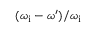
( \omega _ { \mathrm { i } } - \omega ^ { \prime } ) / \omega _ { \mathrm { i } }